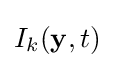
I_{k}(\mathbf {y} ,t)